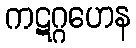
ကဋဂ္ဂဟေန